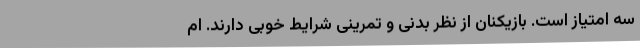
سه امتیاز است. بازیکنان از نظر بدنی و تمرینی شرایط خوبی دارند. ام